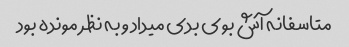
متاسفانه آش بوی بدی میداد و به نظر مونده بود